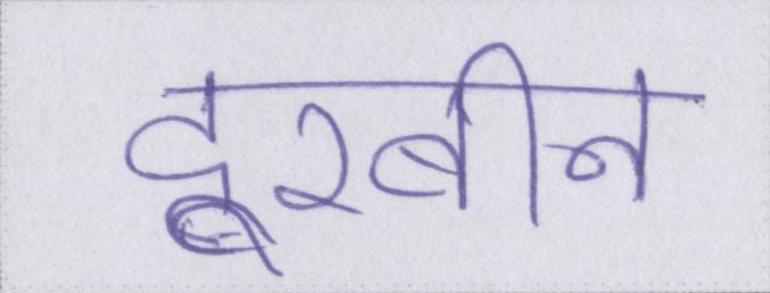
दूरबीन